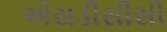
એસડીસીસી